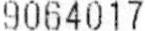
9064017